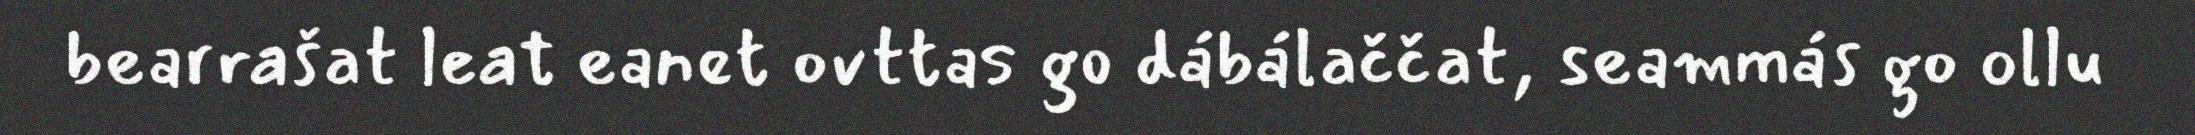
bearrašat leat eanet ovttas go dábálaččat, seammás go ollu